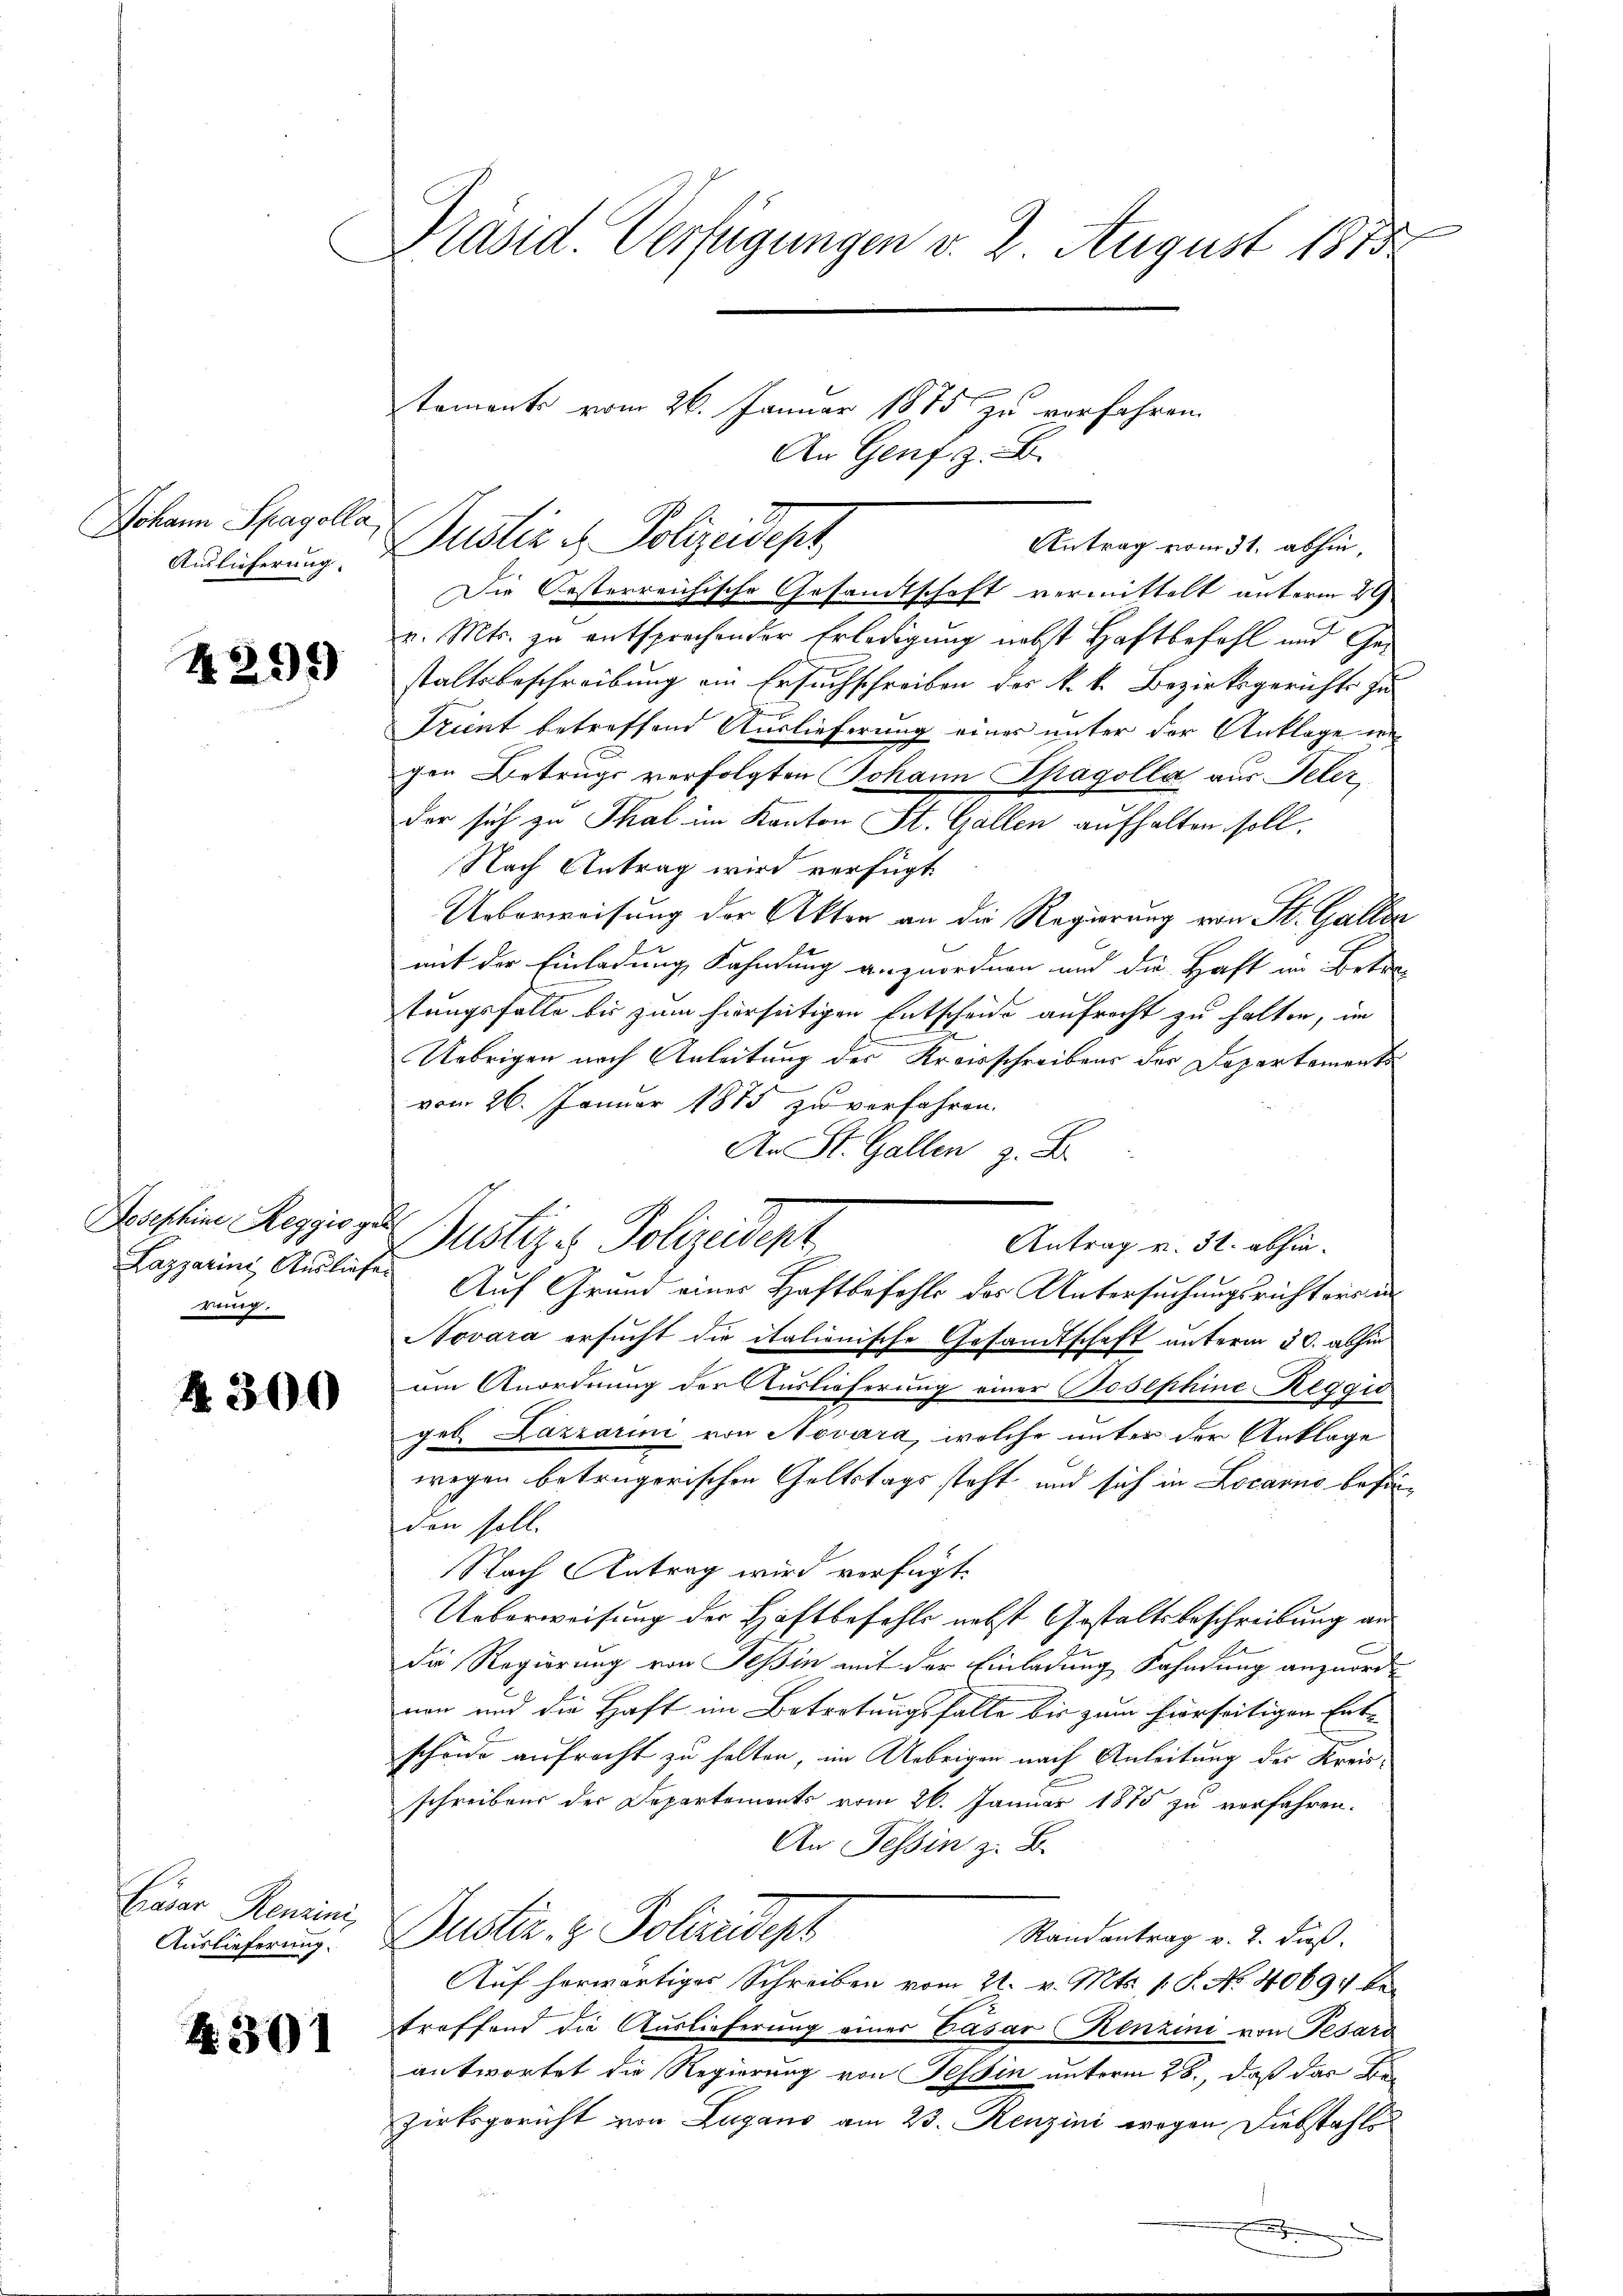
Johann Spagolla
Auslieferung.

4295

Josephine Reggis g
Lazarins Auslie
rung.

4300

Cäsar Renzini,
Auslieferung.

A 301

e
Präsid. Verfügungen v. 2. August 1815

Dustiz u. Polizeidept
Antrag vom 31. abhin,

tements vom 26. Januar 1875 zu verfahren.
An Genf z. B.

Die Oesterreichische Gesandtschaft vermittelt unterm 29
v. Mts. zu entsprechender Erledigung nebst Haftbefohl und Gestaltsbeschreibung an Ersuchschreiben des k. k. Bezirksgerichts zu
J
Trient betreffend Auslieferung eines unter der Anklage i
gen Betrugs verfolgten Johann Spagolla aus Peter
der sich zu Thal im Kanton St. Gallen aufhalten soll.
Nach Antrag wird verfügt
Ueberweisung der Akten an die Regierung von St. Gallen
mit der Einladung Fahndung anzuordnen und die Haft im Betra-
tungsfalle bis zum hierseitigen Entscheide aufrecht zu halten, im
Uebrigen nach Anleitung des Kreisschreibens der Departements
vom 26. Januar 1875 zu verfahren.
An St. Gallen z. B.
b
Justizes Polizeident
Antrag v. 31. abhin¬
.
Auf Grund einer Haftbefehls des Untersuchungsrichtersu¬
Novara ersucht die italionische Gesandtschaft unterm 30. abhin
am Anordnung der Auslieferung einer Josephine Reggio
geb. Lazarin von Novara, welche unter der Anklage
wegen betrügerischen Geltstags steht und sich in Locarno beförden soll.
Nach Antrag wird verfügt:
Ueberweisung der Haftbefehle nebst Gestaltsbeschreibung an
da Regierung von Teßin mit der Einladung Sahndung anzuordnon und die Haft im Betretungsfalle bis zum hierseitigen Entscheide aufrecht zu halten, im Uebrigen nach Anleitung des Kreisschreibens der Departemonts vom 26. Januar 1875 zu verfahren.
An Tessin z. B.
Justiz- & Polizeidept
Randantrag v. 2. dieß.
Auf herwärtiges Schreiben vom 21. v. Mts. v. J. No. 40697 betroffend die Auslieferung einer Casar Kenzini von Tesard
antwortet die Regierung von Tessin unterm 28., daß das Bezirksgericht von Zugano am 23. Renzini wegen Diebstahls
i